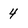
Character: 4